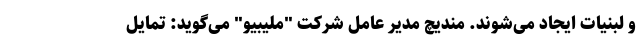
و لبنیات ایجاد می‌شوند. مندیچ مدیر عامل شرکت "ملیبیو" می‌گوید: تمایل